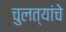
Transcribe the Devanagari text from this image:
चुलत्यांचे